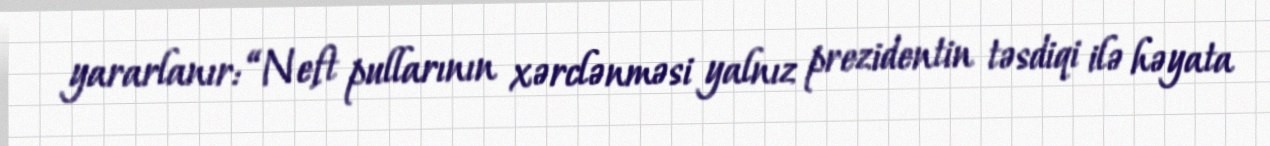
yararlanır: “Neft pullarının xərclənməsi yalnız prezidentin təsdiqi ilə həyata